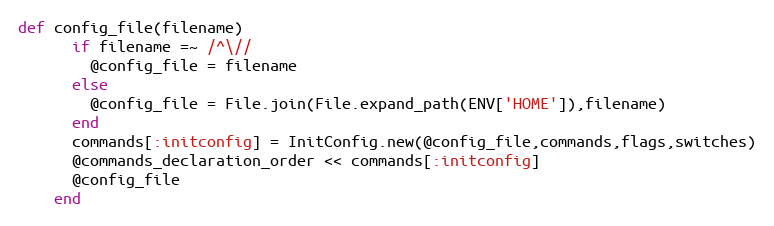
Language: Ruby
def config_file(filename)
      if filename =~ /^\//
        @config_file = filename
      else
        @config_file = File.join(File.expand_path(ENV['HOME']),filename)
      end
      commands[:initconfig] = InitConfig.new(@config_file,commands,flags,switches)
      @commands_declaration_order << commands[:initconfig]
      @config_file
    end